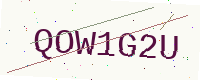
Text: QOW1G2U